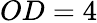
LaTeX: OD=4